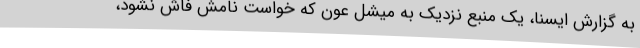
به گزارش ایسنا، یک منبع نزدیک به میشل عون که خواست نامش فاش نشود،